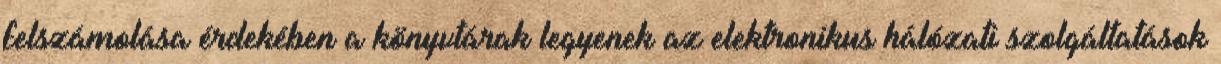
felszámolása érdekében a könyvtárak legyenek az elektronikus hálózati szolgáltatások